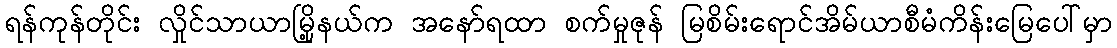
ရန်ကုန်တိုင်း လှိုင်သာယာမြို့နယ်က အနော်ရထာ စက်မှုဇုန် မြစိမ်းရောင်အိမ်ယာစီမံကိန်းမြေပေါ်မှာ